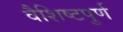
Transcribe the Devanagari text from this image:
वैशिष्टपुर्ण